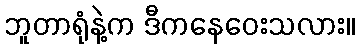
ဘူတာရုံနဲ့က ဒီကနေဝေးသလား။